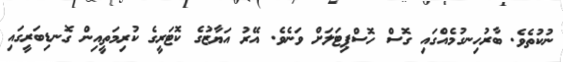
ނުކުތެވެ. ބާރުހިނގުމެއްގައި ގޮސް ހޮސްޕިޓަލަށް ވަނެވެ. އޭރު އަޔާޒުގެ ކޮޓަރީގެ ކުރިމަތީއިން ގޮނޑިބަރީގައި